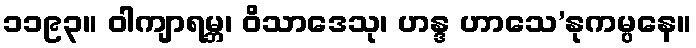
၁၁၉၃။ ဝါကျာရမ္ဘ၊ ဝိသာဒေသု၊ ဟန္ဒ ဟာသေ’နုကမ္ပနေ။